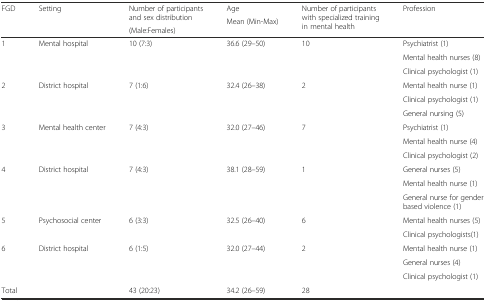
| <ROWSPAN=3> FGD | <ROWSPAN=3> Setting | <ROWSPAN=2> Number of participants and sex distribution | Age | <ROWSPAN=3> Number of participants with specialized training in mental health | <ROWSPAN=3> Profession |
 | <ROWSPAN=2> Mean (Min-Max) |
 | (Male:Females) |
 | --- | --- | --- | --- | --- | --- |
 | <ROWSPAN=3> 1 | <ROWSPAN=3> Mental hospital | <ROWSPAN=3> 10 (7:3) | <ROWSPAN=3> 36.6 (29–50) | <ROWSPAN=3> 10 | Psychiatrist (1) |
 | Mental health nurses (8) |
 | Clinical psychologist (1) |
 | <ROWSPAN=3> 2 | <ROWSPAN=3> District hospital | <ROWSPAN=3> 7 (1:6) | <ROWSPAN=3> 32.4 (26–38) | <ROWSPAN=3> 2 | Mental health nurse (1) |
 | Clinical psychologist (1) |
 | General nursing (5) |
 | <ROWSPAN=3> 3 | <ROWSPAN=3> Mental health center | <ROWSPAN=3> 7 (4:3) | <ROWSPAN=3> 32.0 (27–46) | <ROWSPAN=3> 7 | Psychiatrist (1) |
 | Mental health nurse (4) |
 | Clinical psychologist (2) |
 | <ROWSPAN=3> 4 | <ROWSPAN=3> District hospital | <ROWSPAN=3> 7 (4:3) | <ROWSPAN=3> 38.1 (28–59) | <ROWSPAN=3> 1 | General nurses (5) |
 | Mental health nurse (1) |
 | General nurse for gender based violence (1) |
 | <ROWSPAN=2> 5 | <ROWSPAN=2> Psychosocial center | <ROWSPAN=2> 6 (3:3) | <ROWSPAN=2> 32.5 (26–40) | <ROWSPAN=2> 6 | Mental health nurses (5) |
 | Clinical psychologists(1) |
 | <ROWSPAN=3> 6 | <ROWSPAN=3> District hospital | <ROWSPAN=3> 6 (1:5) | <ROWSPAN=3> 32.0 (27–44) | <ROWSPAN=3> 2 | Mental health nurse (1) |
 | General nurses (4) |
 | Clinical psychologist (1) |
 | <COLSPAN=2> Total | 43 (20:23) | 34.2 (26–59) | 28 |  |